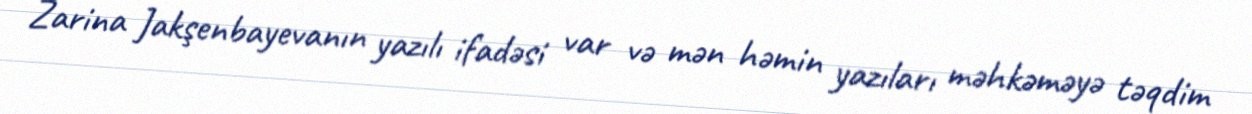
Zarina Jakşenbayevanın yazılı ifadəsi var və mən həmin yazıları məhkəməyə təqdim